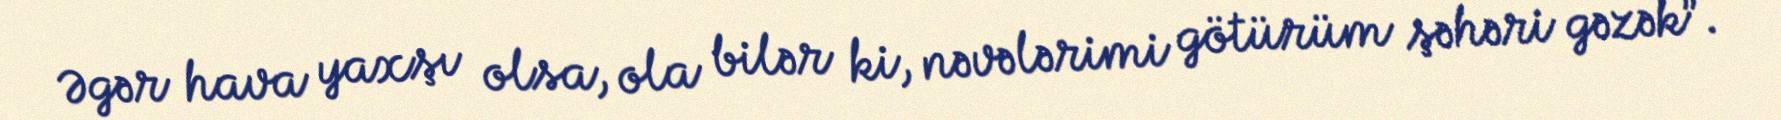
Əgər hava yaxşı olsa, ola bilər ki, nəvələrimi götürüm şəhəri gəzək”.